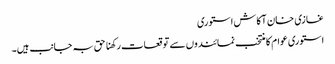
غازی خان آکاش استوری
استوری عوام کا منتخب نمائندوں سے توقعات رکھنا حق بہ جانب ہیں۔